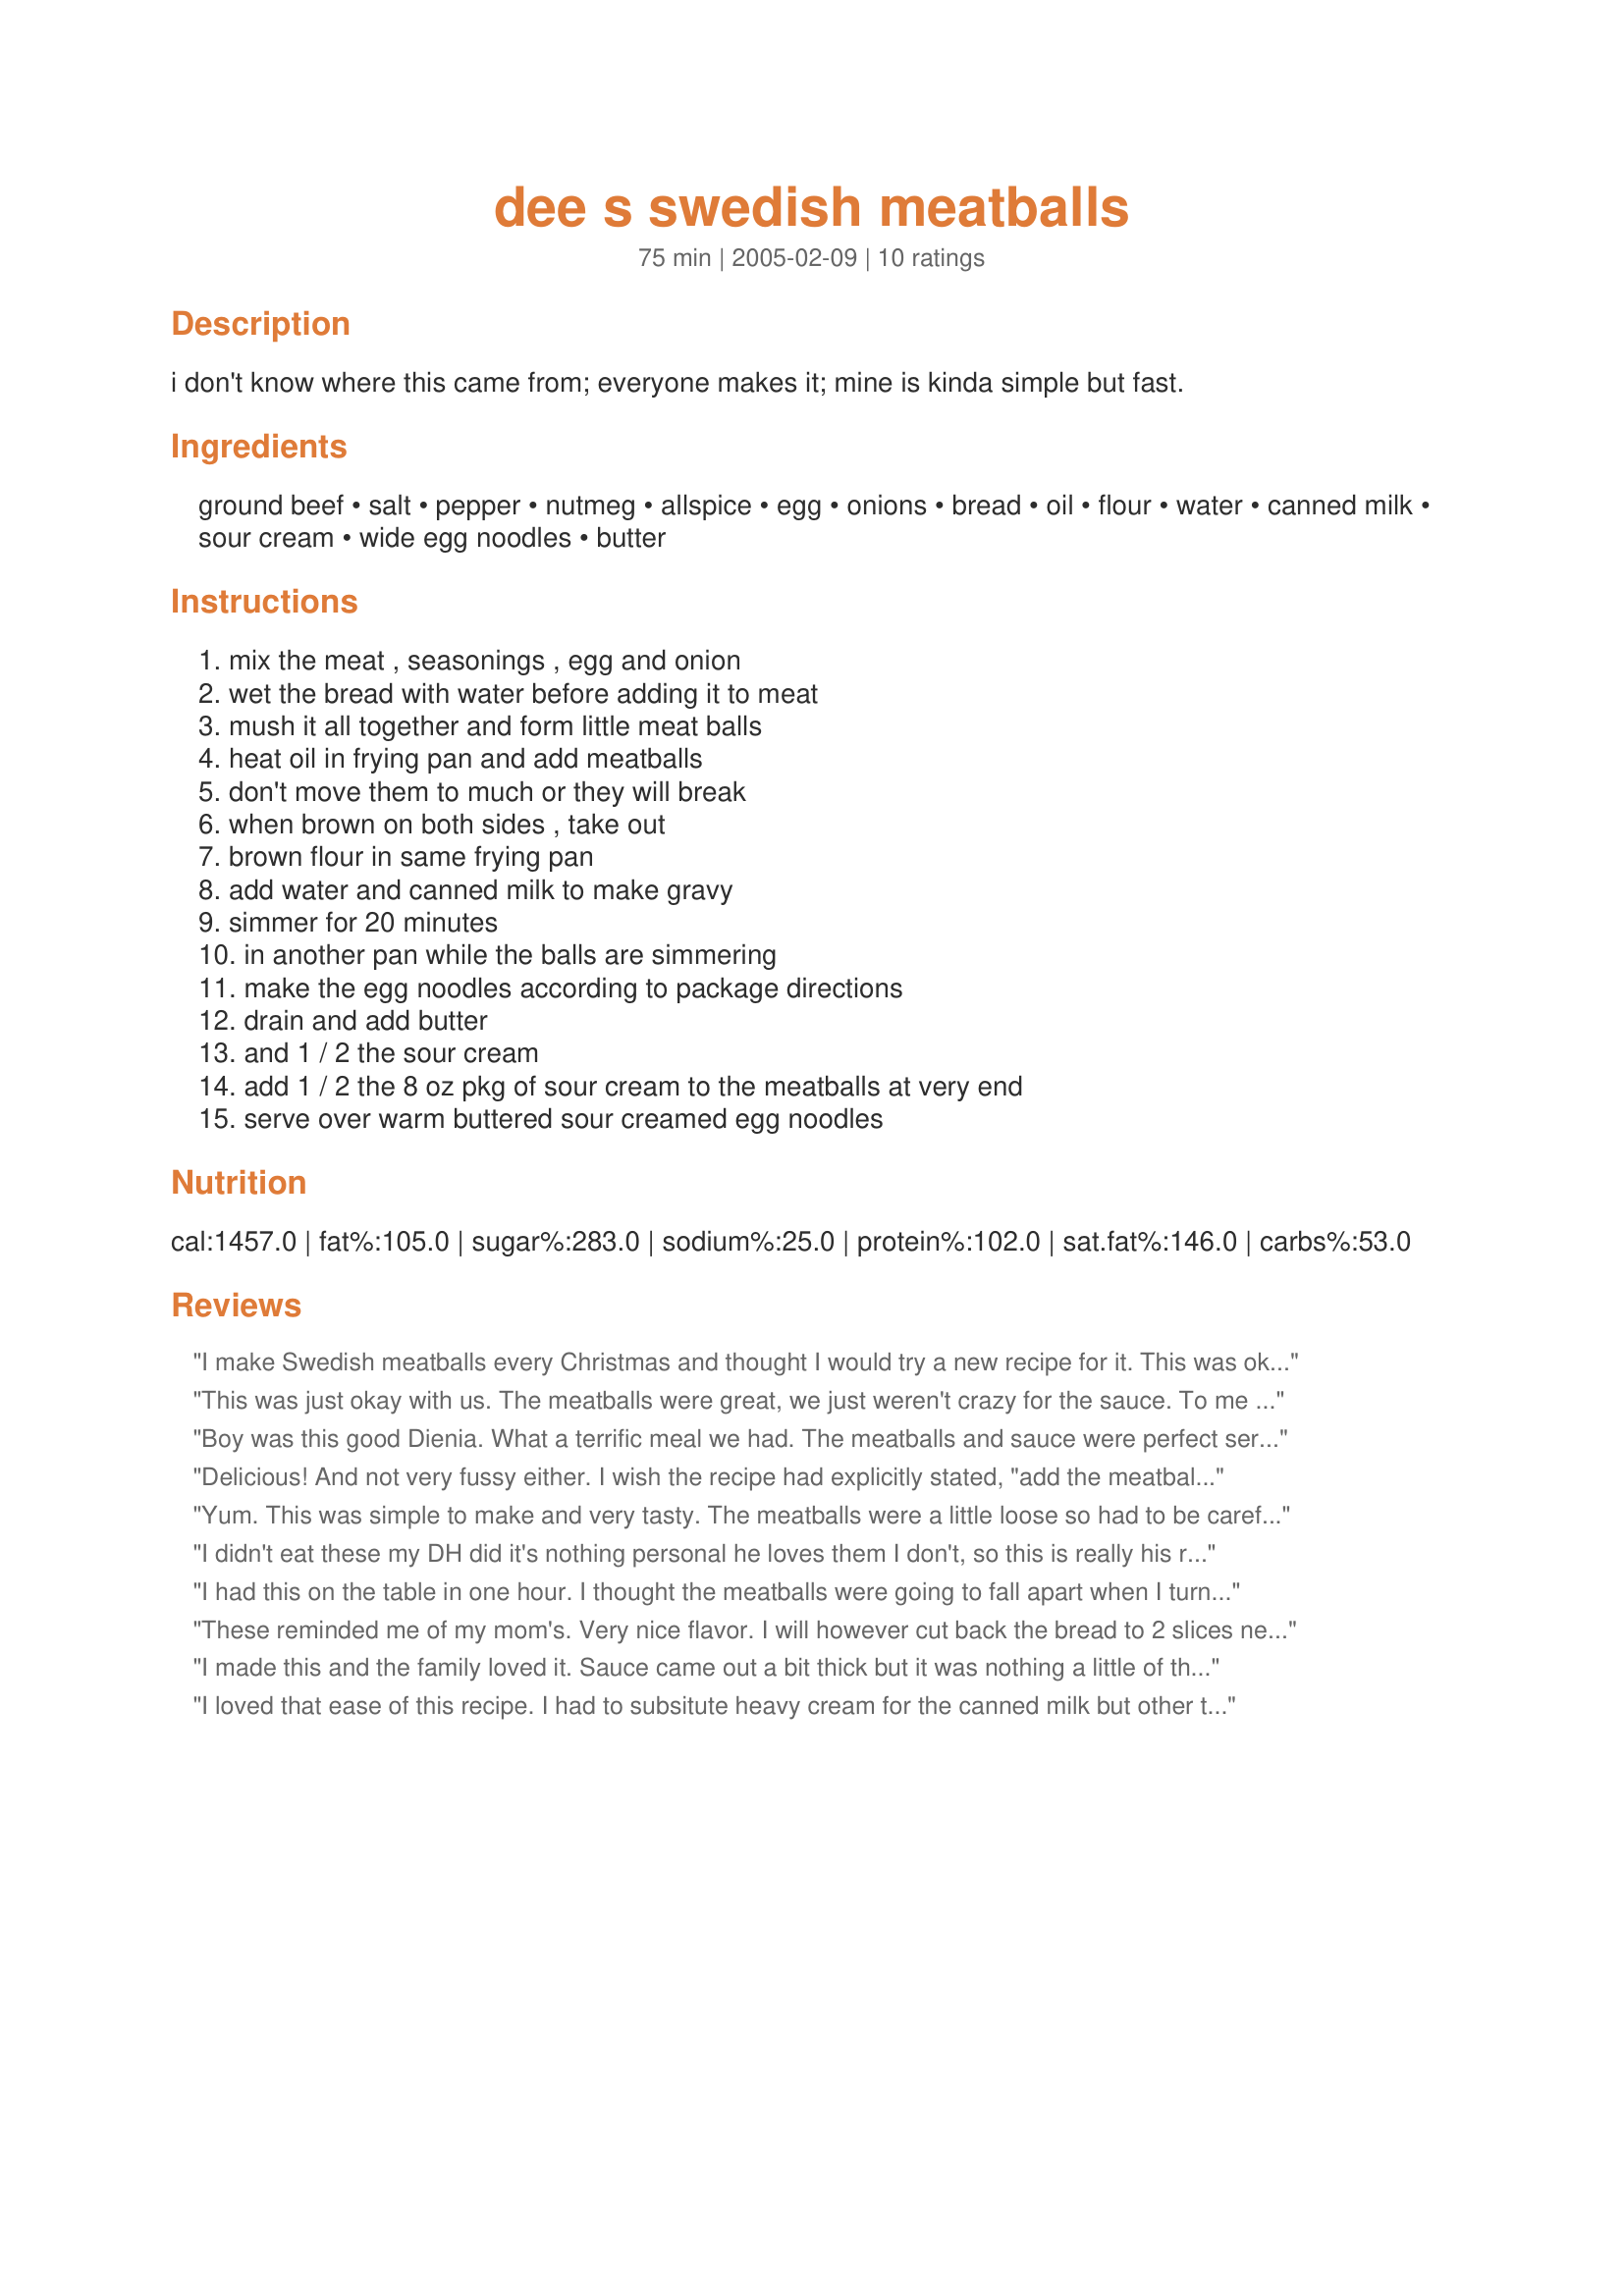
dee s swedish meatballs
Preparation time: 75 minutes

i don't know where this came from; everyone makes it; mine is kinda simple but fast.

Ingredients:
ground beef, salt, pepper, nutmeg, allspice, egg, onions, bread, oil, flour, water, canned milk, sour cream, wide egg noodles, butter

Steps:
mix the meat , seasonings , egg and onion, wet the bread with water before adding it to meat, mush it all together and form little meat balls, heat oil in frying pan and add meatballs, don't move them to much or they will break, when brown on both sides , take out, brown flour in same frying pan, add water and canned milk to make gravy, simmer for 20 minutes, in another pan while the balls are simmering, make the egg noodles according to package directions, drain and add butter, and 1 / 2 the sour cream, add 1 / 2 the 8 oz pkg of sour cream to the meatballs at very end, serve over warm buttered sour creamed egg noodles

Reviews:
I make Swedish meatballs every Christmas and thought I would try a new recipe for it. This was okay, much easier than mine, but my family still prefers mine! Thanks for sharing! MadeforZWT9
This was just okay with us. The meatballs were great, we just weren't crazy for the sauce. To me it was bland, to dh it was bitter. 
I did make it (all except the noodles) the day before, so it could have been that or something I did wrong due to the other reviews. Made by a Fellow Floozie during ZWT3 - Remembering Amy.
Boy was this good Dienia. What a terrific meal we had. The meatballs and sauce were perfect served over fettuccia Riccia. The noodles worked great in this dish. I ground my spices fresh, for a lovely depth of flavor. This recipe was quick and easy to make. Made exactly as written, wouldn't change a thing. I thought that the flavor was subtle then the spices hit. It was awesome. Thank you so much for sharing a recipe that made my dh go back for more. Will definitely make again.
Delicious! And not very fussy either. I wish the recipe had explicitly stated, "add the meatballs back in" before the 20-minute simmer. It was still very good even with a simmer of a few minutes tho. ZWT6
Yum. This was simple to make and very tasty. The meatballs were a little loose so had to be careful in turning them, but they came out very moist. Thanks Dee for sharing. Made for ZWT9.
I didn't eat these my DH did it's nothing personal he loves them I don't, so this is really his review, mind you it's always the DH's that tries the recipes anyway. I did enjoy making them and they smelled really good and the sauce was very nice, I tried that. When I asked how many stars he said ten so they were a big hit with him. I will make them again, it's very easy and quick to make. Made for ZWT#6 2010 Thank you for posting.
I had this on the table in one hour. I thought the meatballs were going to fall apart when I turned them. But they fried up just fine (only turned once) and came out very moist. We liked the sauce to it had a nice flavor. I did not use the salt the recipe called for. We are trying to reduce our salt intake. Thank you for sharing this recipe. Made for Zaar World Tour 2006.
These reminded me of my mom's. Very nice flavor. I will however cut back the bread to 2 slices next time and I used beef stock instead of the water. :)
I made this and the family loved it. Sauce came out a bit thick but it was nothing a little of the pasta water couldn&#039;t fix. I will be making this again
I loved that ease of this recipe. I had to subsitute heavy cream for the canned milk but other than that I made as written. I liked that I had everything on hand for this dish. Thanks for posting.
